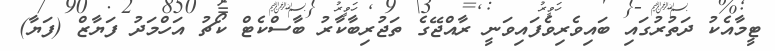
ޓީމާއެކު ދަތުރުގައި ބައިވެރިވެފައިވަނީ ރާއްޖޭގެ ތަޖުރިބާކާރު ބާސްކެޓް ކޯޗު އަހްމަދު ފަޔާޒް (ފަޔާ)